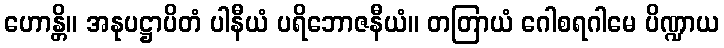
ဟောန္တိ။ အနုပဋ္ဌာပိတံ ပါနီယံ ပရိဘောဇနီယံ။ တတြာယံ ဂေါစရဂါမေ ပိဏ္ဍာယ